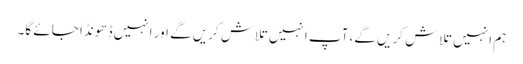
ہم انہیں تلاش کریں گے، آپ انہیں تلاش کریں گے اور انہیں ڈھونڈا جائے گا۔